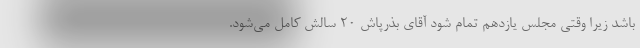
باشد زیرا وقتی مجلس یازدهم تمام شود آقای بذرپاش ۲۰ سالش کامل می‌شود.